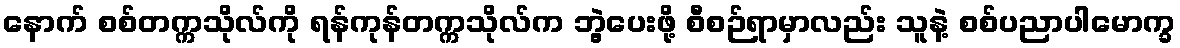
နောက် စစ်တက္ကသိုလ်ကို ရန်ကုန်တက္ကသိုလ်က ဘွဲ့ပေးဖို့ စီစဉ်ရာမှာလည်း သူနဲ့ စစ်ပညာပါမောက္ခ